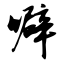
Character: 噼